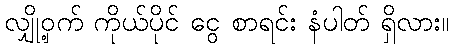
လျှို့ဝှက် ကိုယ်ပိုင် ငွေ စာရင်း နံပါတ် ရှိလား။